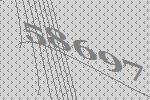
58697